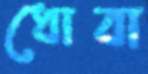
ধোবা